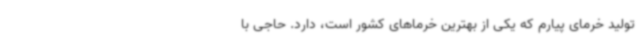
تولید خرمای پیارم که یکی از بهترین خرماهای کشور است، دارد. حاجی با